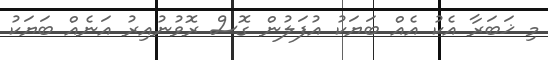
މި ޚަބަރާ އެކު އެއް ބަޔަކު އުފަލުން ގޮސް ރޮވުނުއިރު އަނެއް ބަޔަކު